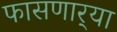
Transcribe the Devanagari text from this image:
फासणार्‍या